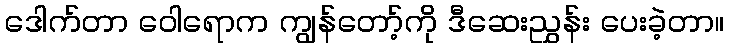
ဒေါက်တာ ဝေါရောက ကျွန်တော့်ကို ဒီဆေးညွှန်း ပေးခဲ့တာ။